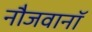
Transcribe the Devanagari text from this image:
नौजवानॉ